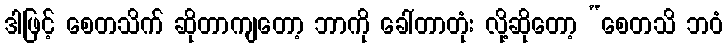
ဒါဖြင့် စေတသိက် ဆိုတာကျတော့ ဘာကို ခေါ်တာတုံး လို့ဆိုတော့ “စေတသိ ဘဝံ